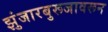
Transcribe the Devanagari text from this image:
झुंजारबुरूजावरून